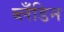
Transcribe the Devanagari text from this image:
ब्लँडिन